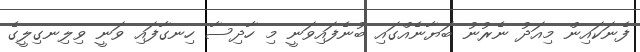
ފެނަކައިން މިއަދު ނެރުނު ބަޔާނެއްގައި ބުނެފައިވަނީ މި ހާދިސާ ހިނގާފައި ވަނީ ވިލިނގިލީގެ